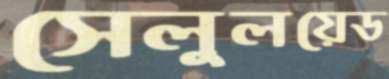
সেলুলয়েড